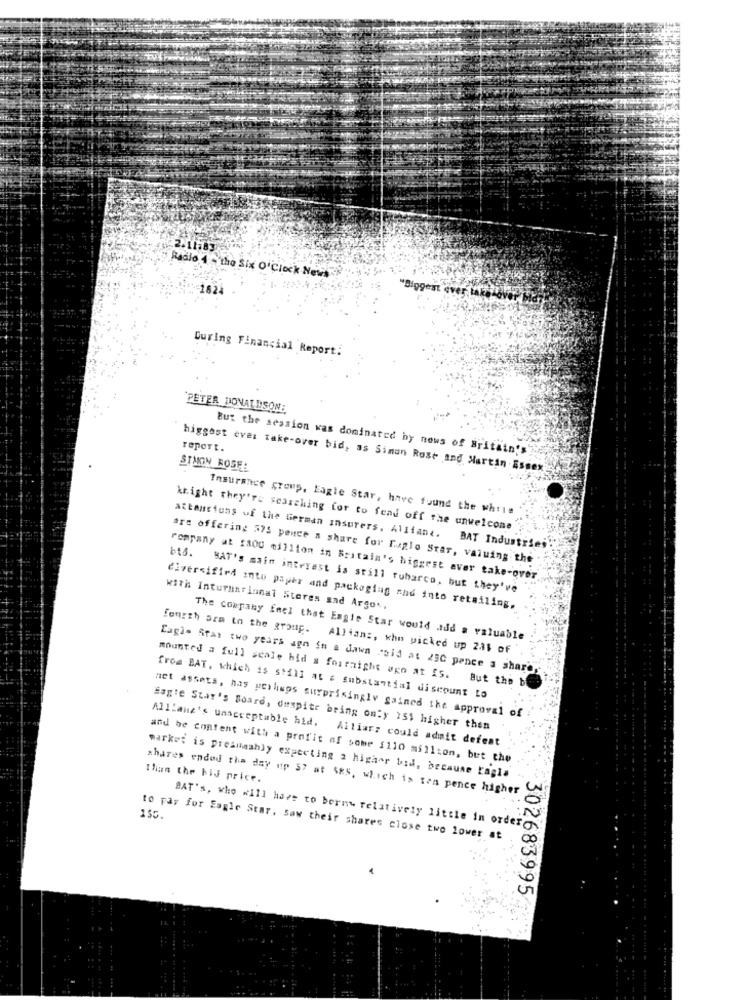
2.11,83
Radio 4 - the Six O'Clock News
1824
During Financial Report:
"PETER DONALDSON:
report.
But the session was dominated by news of Britain's
biggest ever take-over bid, as Simon Rost and Martin Essex
STMON ROSE:
Insurance group, Eagle Star, have found the while
knight they're searching for to fend off the unwelcome
attansions of the German Insurers, Alliant. BAT Industries
bts.
are offering 575 pence a share for Faglo Star, valuing the
rompany at fa00 million in Britain's biggest aver take-over
BAT's main interest is still fubarco, but they've
with International Stores sad Argo ..
diversified into payer and packaging and into retailing.
The company feel that Eagle Star would add a valuable
fourth ara to the group. Allians, who picked up 221 of
Cagi- Star two years ago in a dawn cold at 250 pence a share
mounted a full scale hid a forrnight axn at IS. But the b
froa BAT, which is still at a substantial discount to
Allianz's unacceptable bid.
net assets, has perhaps surprisingly gained the approval of
Sagte Star's Board, despite bring only 151 higher then
Alliar: could admit defeat
and be content with a profit of some $110 million, but the
Than the bij price.
market is presumably expecting a higher bid, because tagis
shares endou the day up 57 at $Rs, which is ten pence higher
155.
BAT's, who will have to bornw relatively little in orderg
to pay for Eagle Star. Saw their shares close two lower at
302683995